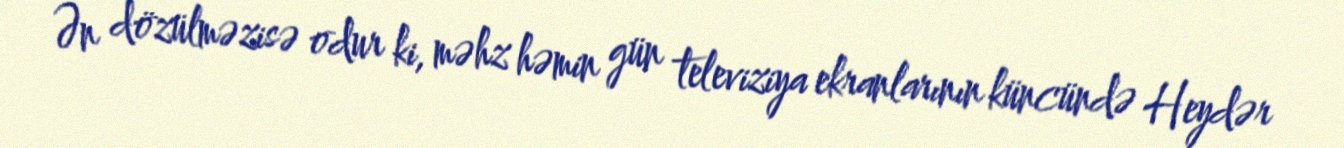
Ən dözülməzisə odur ki, məhz həmin gün televiziya ekranlarının küncündə Heydər